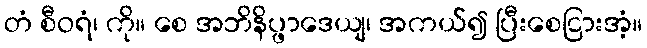
တံ စီဝရံ၊ ကို။ စေ အဘိနိပ္ဖာဒေယျ၊ အကယ်၍ ပြီးစေငြားအံ့။